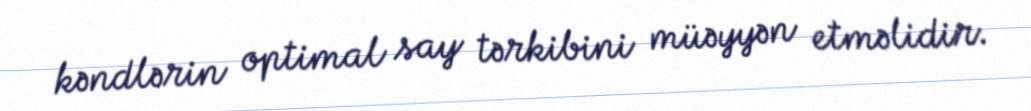
kəndlərin optimal say tərkibini müəyyən etməlidir.